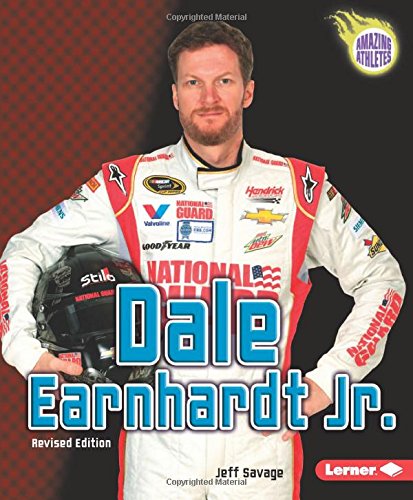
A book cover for Dale Earnhardt Jr. (Amazing Athletes); Jeff Savage; Children's Books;